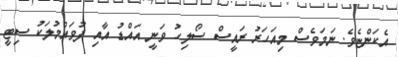
އެކަންޏެވެ. ނަމަވެސް މިއަހަރު ރައީސް ސޯލިހު ވަނީ އައްޑު އާއި ފުވައްމުލަކު ސިޓީ